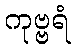
ကုဗ္ဗရံ